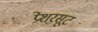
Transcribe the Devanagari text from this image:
प्रेशरसूट